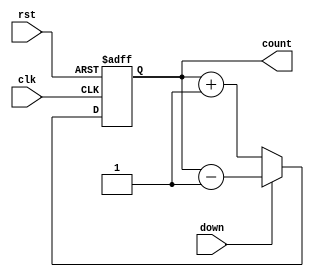
module UpDownCounter(
  input wire clk,
  input wire rst,
  input wire down,
  output reg [2:0] count
);
  reg [2:0] next_count;

  always @(posedge clk or posedge rst) begin
    if (rst) begin
      count <= 3'b0;
    end else begin
      if (down) begin
        next_count = count - 1;
      end else begin
        next_count = count + 1;
      end
      count <= next_count;
    end
  end
endmodule